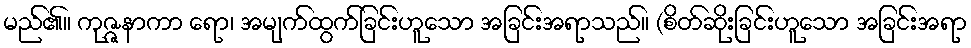
မည်၏။ ကုဇ္ဇနာကာ ရော၊ အမျက်ထွက်ခြင်းဟူသော အခြင်းအရာသည်။ (စိတ်ဆိုးခြင်းဟူသော အခြင်းအရာ